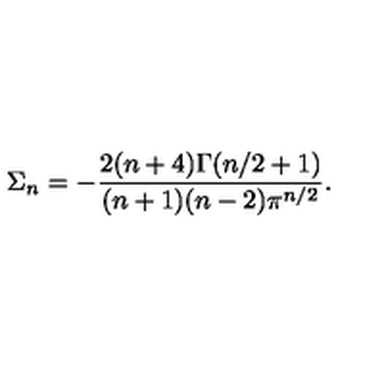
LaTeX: \Sigma _ { n } = - { \frac { 2 ( n + 4 ) \Gamma ( n / 2 + 1 ) } { ( n + 1 ) ( n - 2 ) \pi ^ { n / 2 } } } .